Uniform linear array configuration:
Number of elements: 16
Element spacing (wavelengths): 0.25
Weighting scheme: uniform
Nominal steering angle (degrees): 15
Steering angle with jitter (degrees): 16.102
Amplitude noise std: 0.05
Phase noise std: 0.05

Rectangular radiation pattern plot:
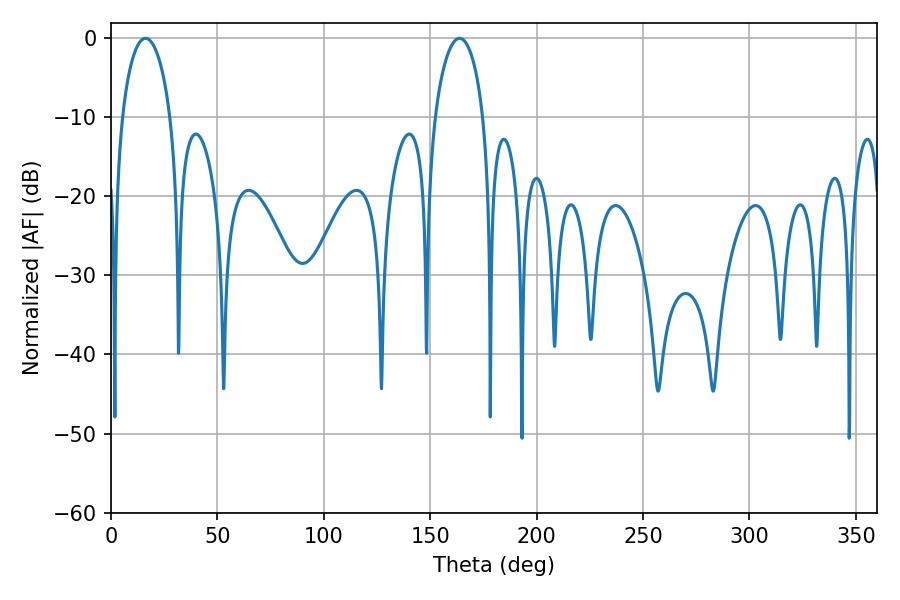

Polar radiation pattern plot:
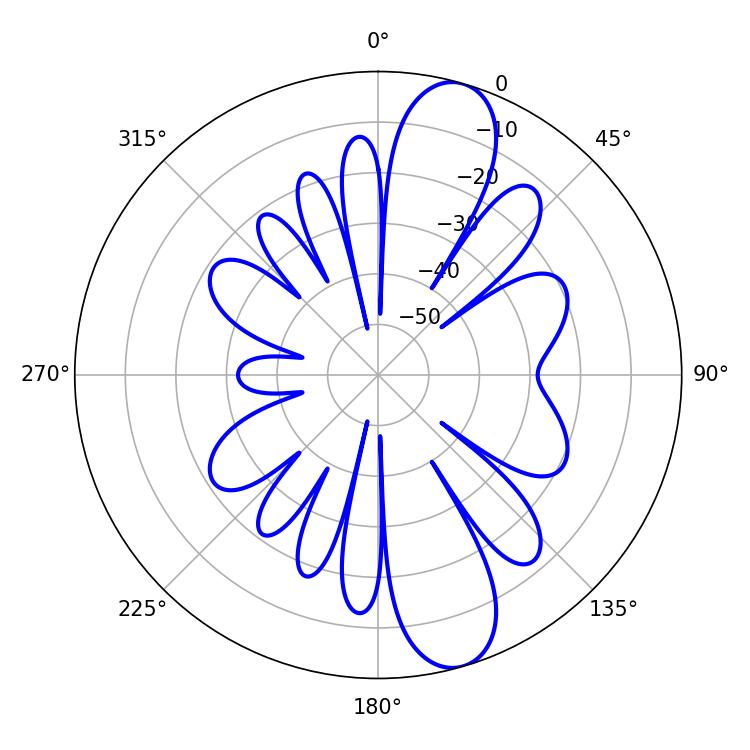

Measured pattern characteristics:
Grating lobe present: FALSE
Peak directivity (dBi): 11.361
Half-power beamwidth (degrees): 13.14
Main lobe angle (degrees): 16.2